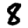
Digit: 8